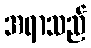
အရာသည်